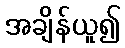
အချိန်ယူ၍